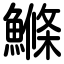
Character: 鰷